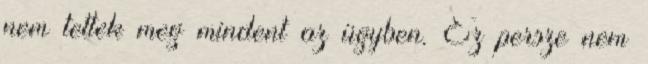
nem tettek meg mindent az ügyben. Ez persze nem